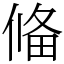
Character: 偹